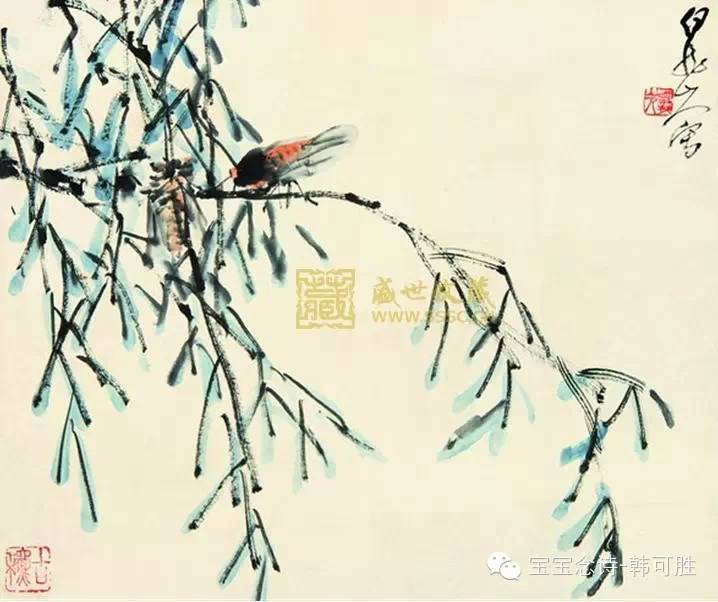
如何肯到清秋日，已带斜阳又带蝉。